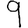
Digit: 9